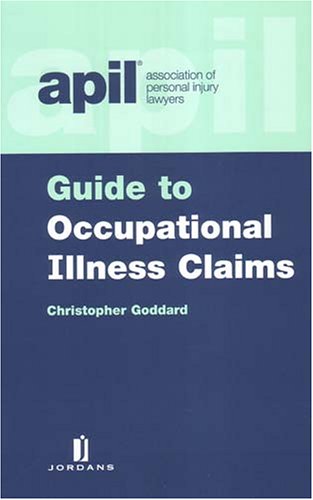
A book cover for APIL Guide to Occupational Illness Claims; Christopher Goddard; Law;